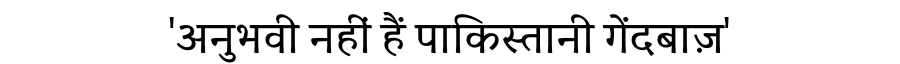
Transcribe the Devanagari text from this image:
'अनुभवी नहीं हैं पाकिस्तानी गेंदबाज़'